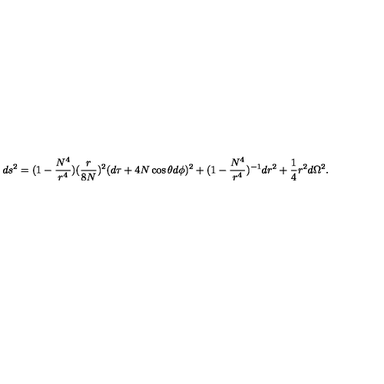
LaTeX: d s ^ { 2 } = ( 1 - \frac { N ^ { 4 } } { r ^ { 4 } } ) ( \frac { r } { 8 N } ) ^ { 2 } ( d \tau + 4 N \cos \theta d \phi ) ^ { 2 } + ( 1 - \frac { N ^ { 4 } } { r ^ { 4 } } ) ^ { - 1 } d r ^ { 2 } + \frac { 1 } { 4 } r ^ { 2 } d \Omega ^ { 2 } .